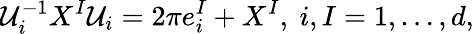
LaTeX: {\cal U}_{i}^{-1}X^{I}{\cal U}_{i}=2\pi e_{i}^{I}+X^{I},~i,I=1,\ldots,d,